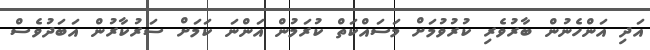
އަދި އަންހެނުން ބާރުވެރި ކުރުވުމަށް މަސައްކަތް ކުރަމުން އަންނަ ކަމަށް ސަރުކާރުން އަބަދުވެސް